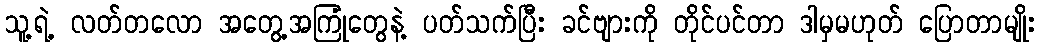
သူ့ရဲ့ လတ်တလော အတွေ့အကြုံတွေနဲ့ ပတ်သက်ပြီး ခင်ဗျားကို တိုင်ပင်တာ ဒါမှမဟုတ် ပြောတာမျိုး